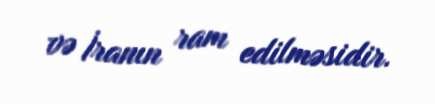
və İranın ram edilməsidir.